65_HS1-834228961_62-HQ-83894_Section_7
Agency: FBI
Page 100
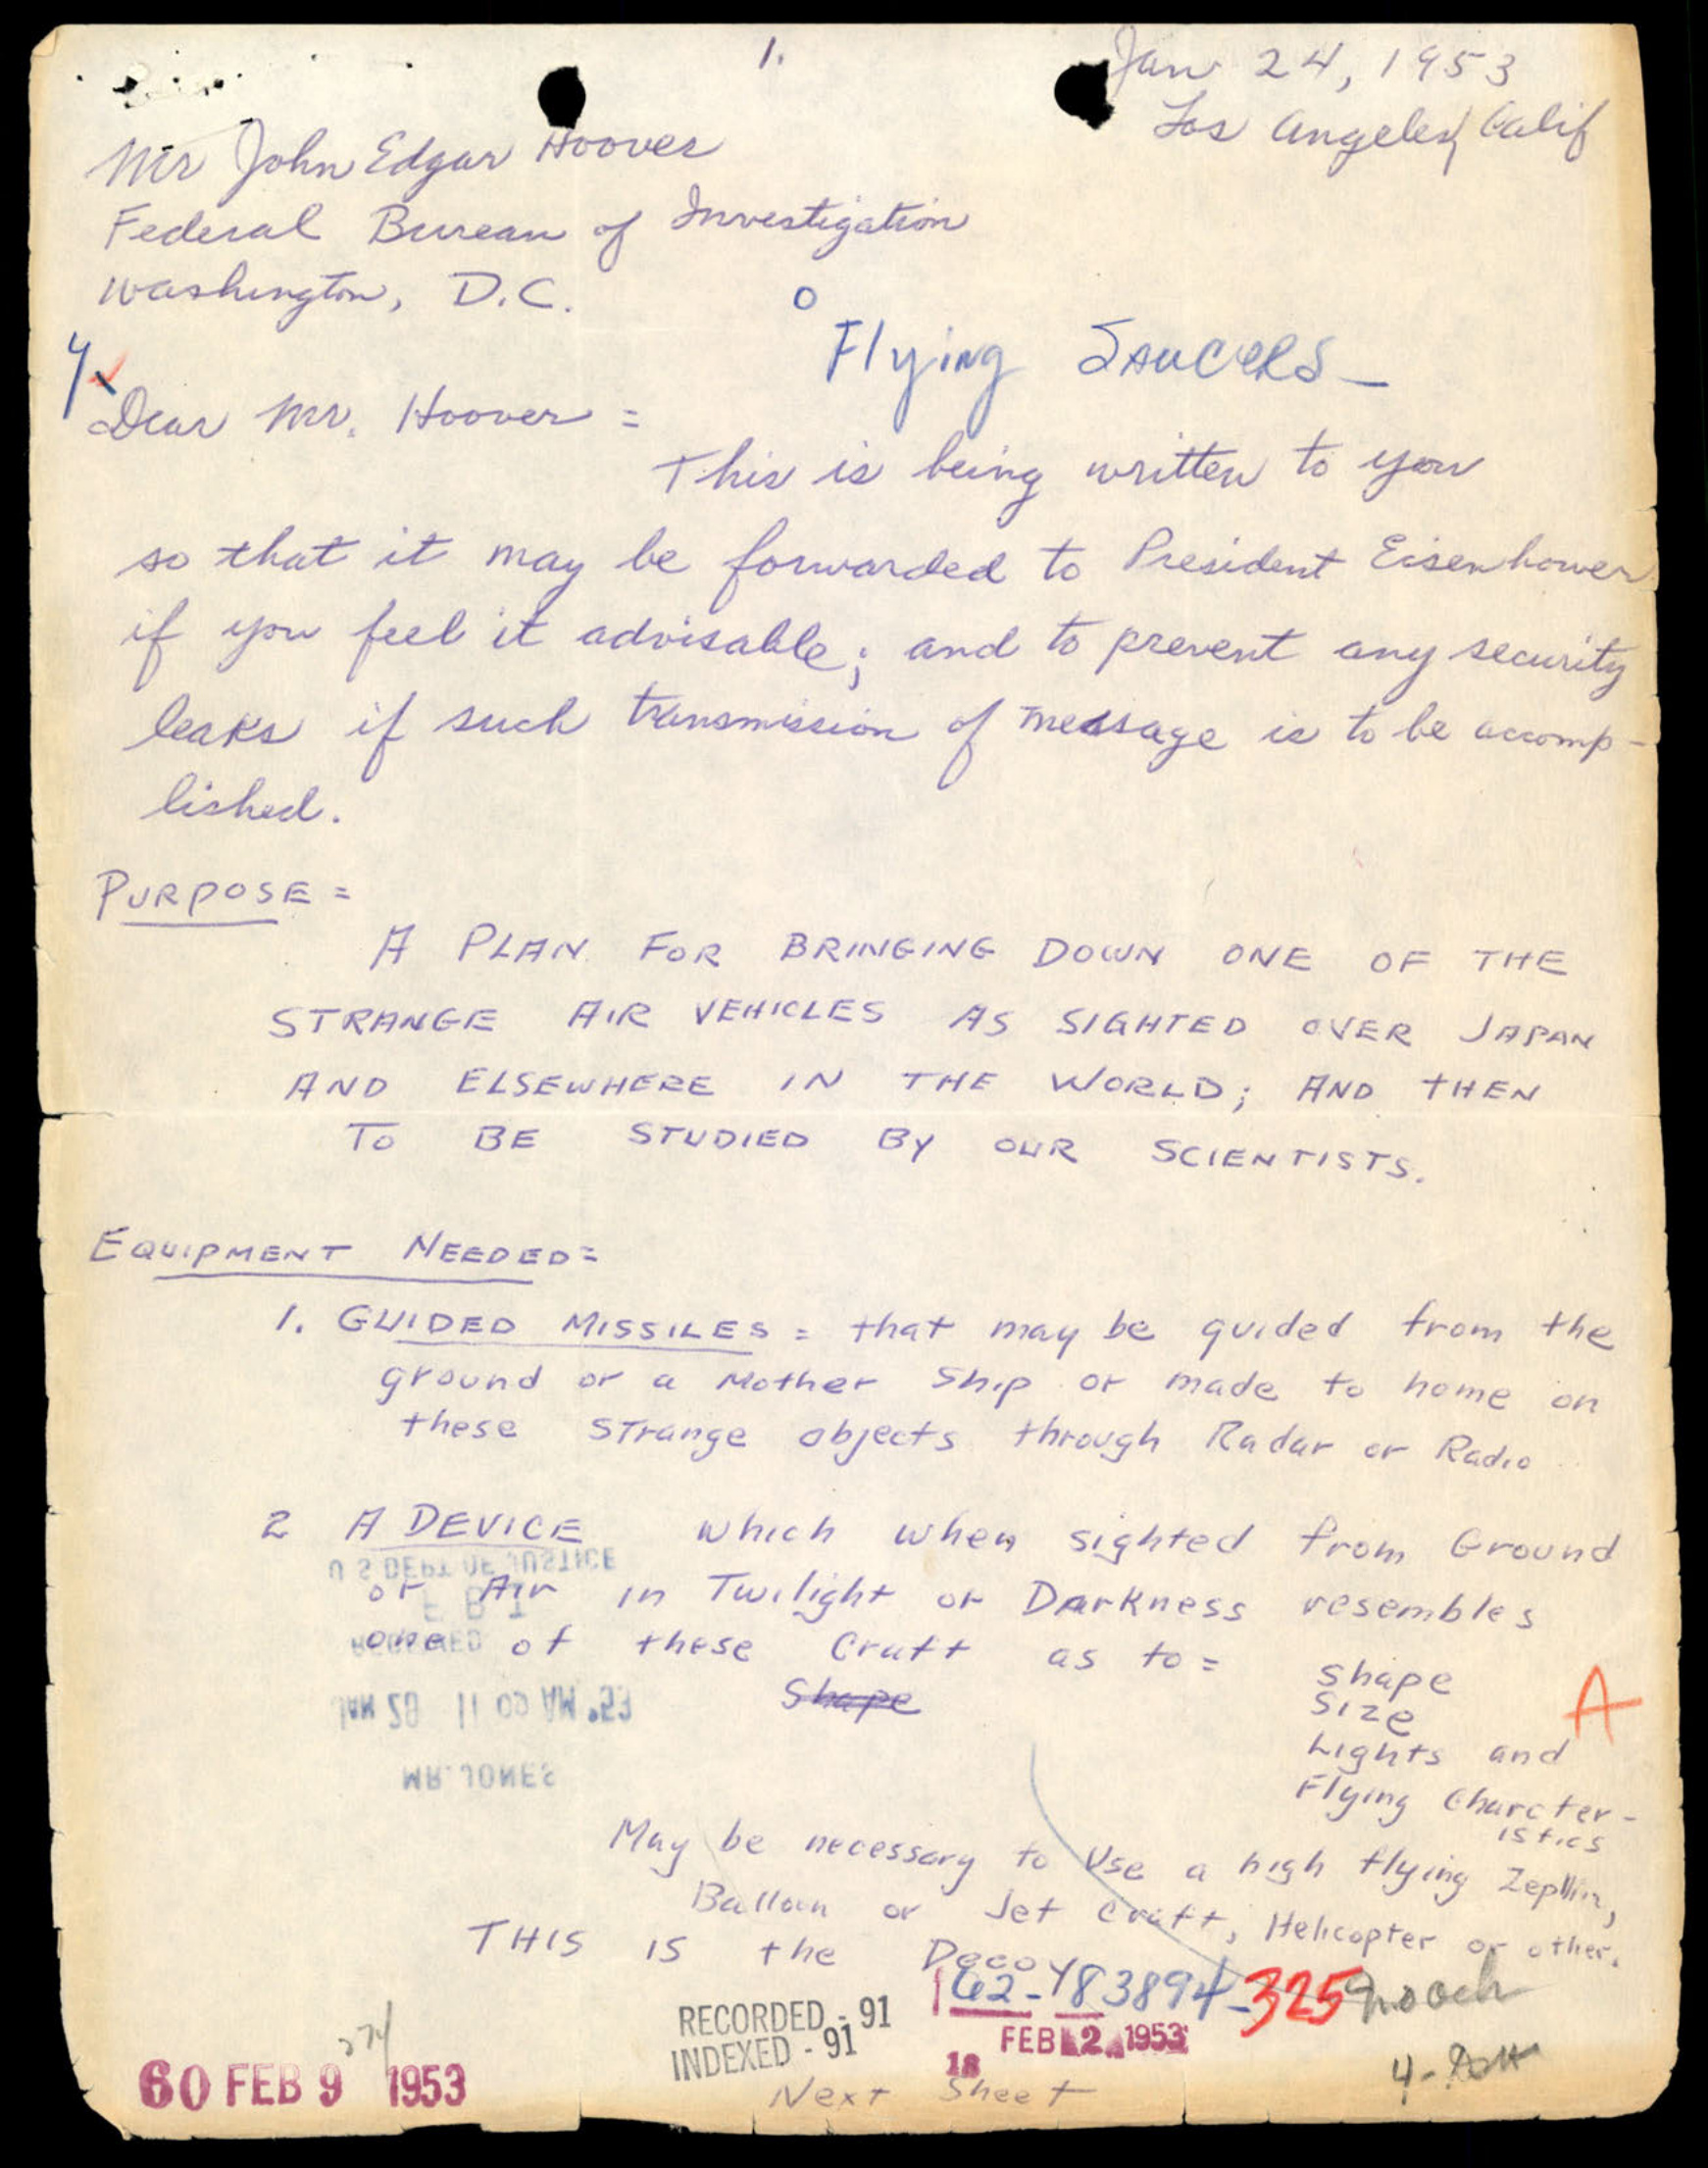